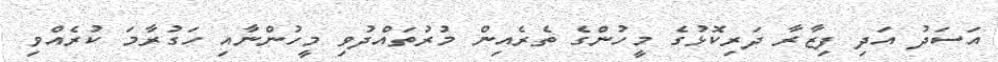
އަސަދު އަދި ފިޒާރާ ދަރިކޮޅުގެ މީހުންގެ ތެރެއިން މުރުތައްދުވި މީހުންނާއި ހަގުރާމަ ކުރެއްވި